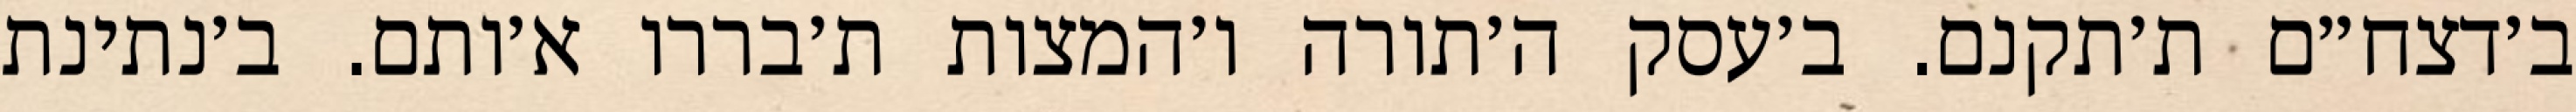
ב׳דצח״ם ת׳תקנם. ב׳עסק ה׳תורה ו׳המצות ת׳בררו א׳ותם. ב׳נתינת